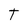
Character: T